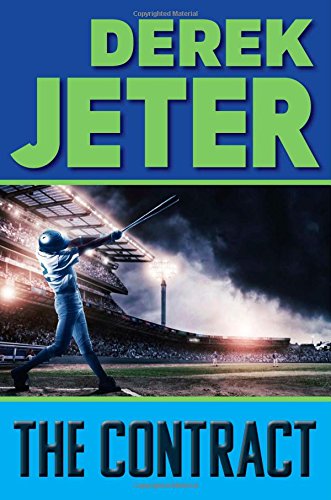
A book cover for The Contract (Jeter Publishing); Derek Jeter; Children's Books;